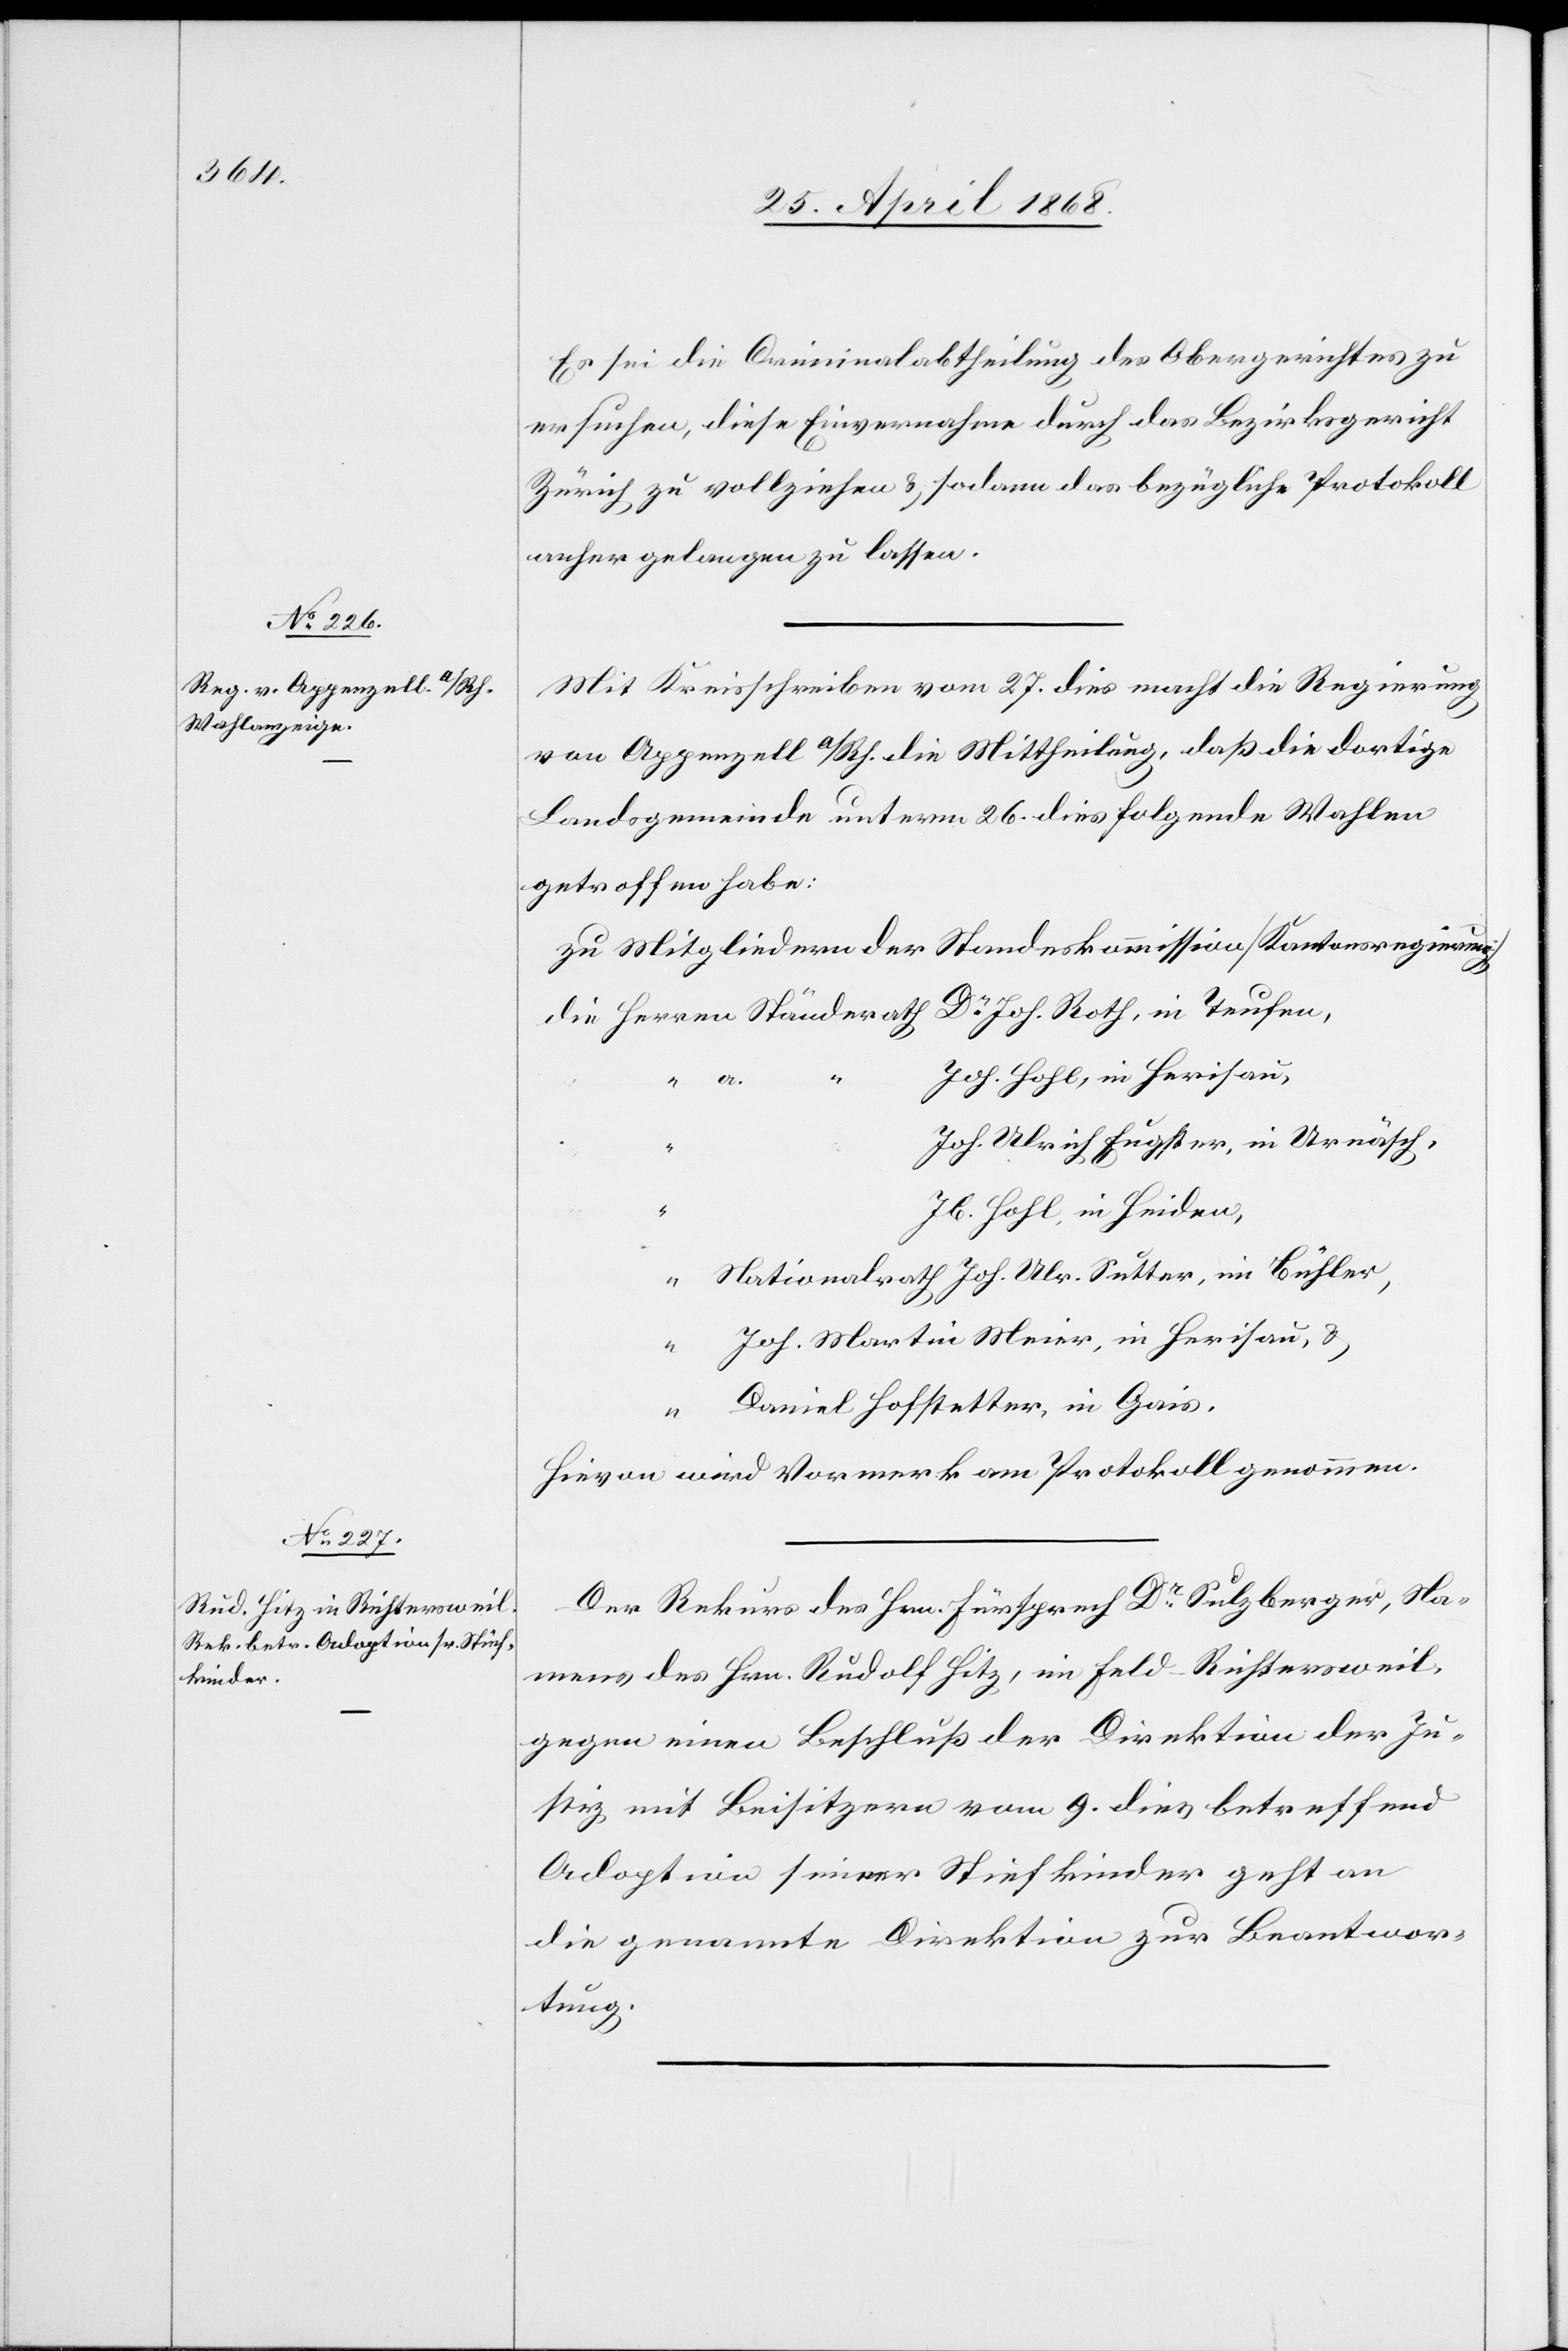
Es sei die Criminalabtheilung des Obergerichtes zu
ersuchen, diese Einvernahme durch das Bezirksgericht
Zürich zu vollziehen & sodann das bezügliche Protokoll
anher gelangen zu lassen.
Mit Kreisschreiben vom 27. dies macht die Regierung
1.
von Appenzell A/Rh. die Mittheilung, daß die dortige
Landsgemeinde unterm 26. dies folgende Wahlen
getroffen habe:
zu Mitgliedern der Standeskommission [Kantonsregierung]
Joh. Hohl, in Herisau,
Joh. Ulrich Eugster, in Urnäsch,
Jb. Hohl, in Heiden,
Joh. Martin Meier, in Herisau, &
Daniel Hofstetter, in Gais.
Hievon wird Vormerk am Protokoll genommen.
Der Rekurs des Hrn. Fürsprech Dr. Sulzberger, Na¬
mens des Hrn. Rudolf Hitz, im Feld-Richtersweil,
gegen einen Beschluß der Direktion der Ju¬
stiz mit Beisitzern vom 9. dies betreffend
Adoption seiner Stiefkinder geht an
die genannte Direktion zur Beantwor¬
tung.